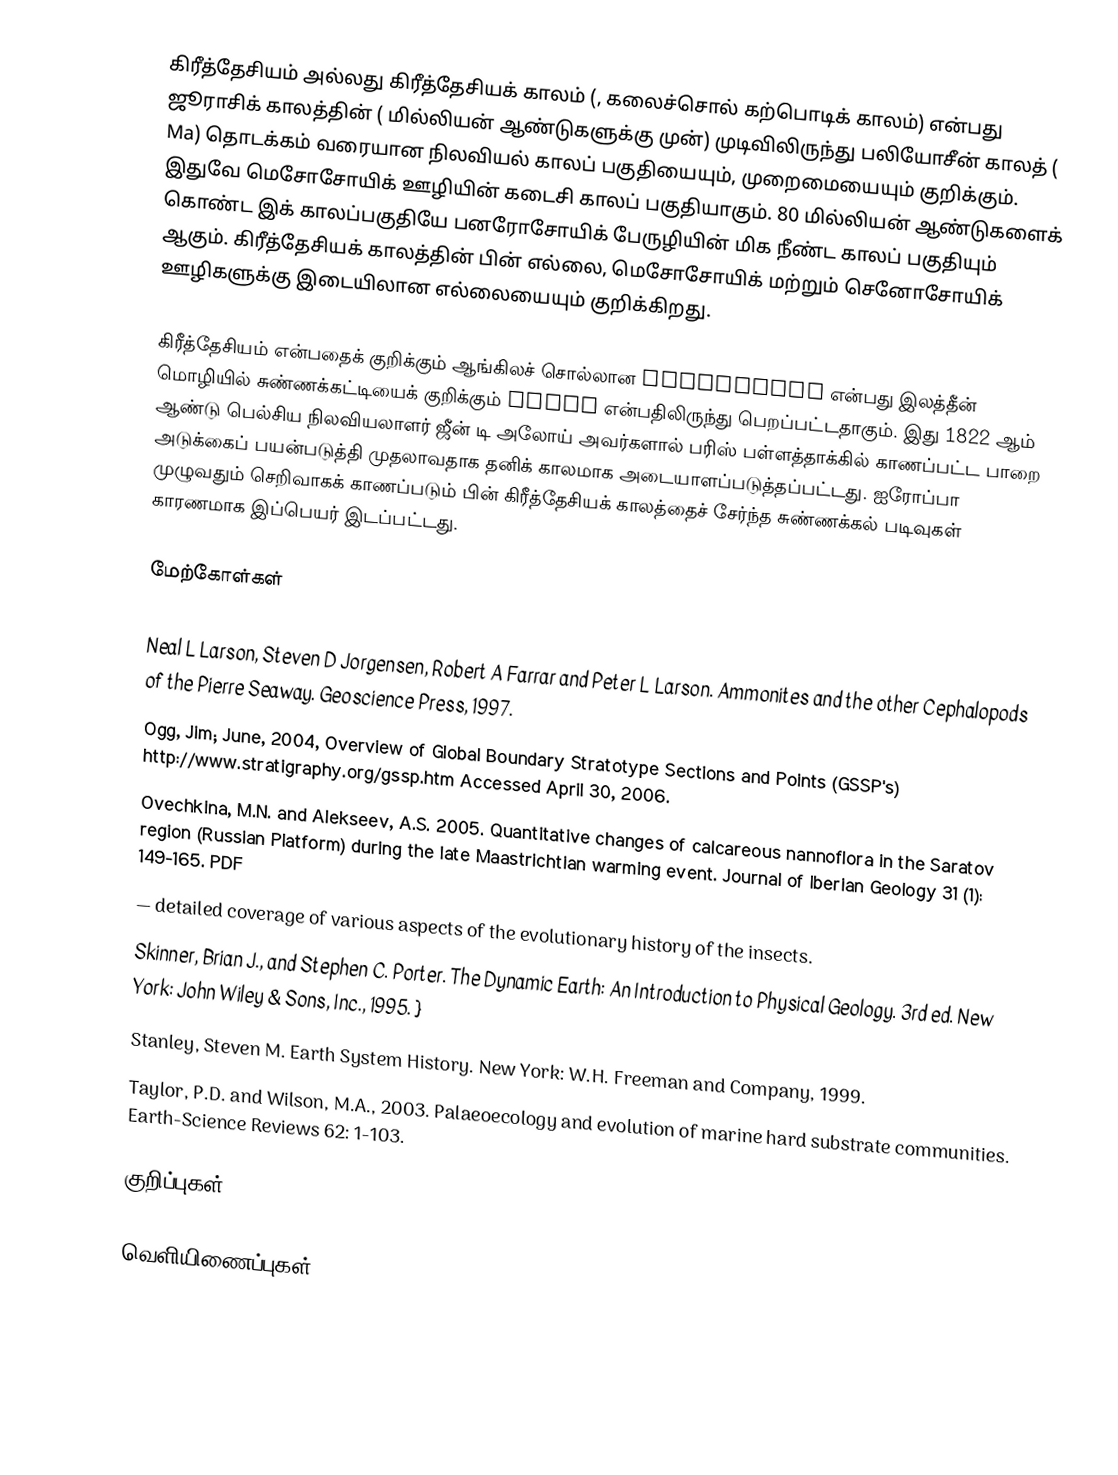
கிரீத்தேசியம் அல்லது கிரீத்தேசியக் காலம் (, கலைச்சொல் கற்பொடிக் காலம்) என்பது ஜூராசிக் காலத்தின் ( மில்லியன் ஆண்டுகளுக்கு முன்) முடிவிலிருந்து பலியோசீன் காலத் ( Ma) தொடக்கம் வரையான நிலவியல் காலப் பகுதியையும், முறைமையையும் குறிக்கும். இதுவே மெசோசோயிக் ஊழியின் கடைசி காலப் பகுதியாகும். 80 மில்லியன் ஆண்டுகளைக் கொண்ட இக் காலப்பகுதியே  பனரோசோயிக் பேருழியின் மிக நீண்ட காலப் பகுதியும் ஆகும். கிரீத்தேசியக் காலத்தின் பின் எல்லை, மெசோசோயிக் மற்றும் செனோசோயிக் ஊழிகளுக்கு இடையிலான எல்லையையும் குறிக்கிறது.

கிரீத்தேசியம் என்பதைக் குறிக்கும் ஆங்கிலச் சொல்லான Cretaceous என்பது இலத்தீன் மொழியில்  சுண்ணக்கட்டியைக் குறிக்கும் creta  என்பதிலிருந்து பெறப்பட்டதாகும். இது 1822 ஆம் ஆண்டு  பெல்சிய நிலவியலாளர் ஜீன் டி அலோய் அவர்களால் பரிஸ் பள்ளத்தாக்கில் காணப்பட்ட பாறை அடுக்கைப் பயன்படுத்தி முதலாவதாக தனிக் காலமாக அடையாளப்படுத்தப்பட்டது. ஐரோப்பா முழுவதும் செறிவாகக் காணப்படும் பின் கிரீத்தேசியக் காலத்தைச் சேர்ந்த சுண்ணக்கல் படிவுகள் காரணமாக இப்பெயர் இடப்பட்டது.

மேற்கோள்கள்

 Neal L Larson, Steven D Jorgensen, Robert A Farrar and Peter L Larson. Ammonites and the other Cephalopods of the Pierre Seaway. Geoscience Press, 1997.
 Ogg, Jim; June, 2004, Overview of Global Boundary Stratotype Sections and Points (GSSP's) http://www.stratigraphy.org/gssp.htm Accessed April 30, 2006.
 Ovechkina, M.N. and Alekseev, A.S. 2005. Quantitative changes of calcareous nannoflora in the Saratov region (Russian Platform) during the late Maastrichtian warming event. Journal of Iberian Geology 31 (1): 149-165. PDF
  — detailed coverage of various aspects of the evolutionary history of the insects.
 Skinner, Brian J., and Stephen C. Porter.  The Dynamic Earth:  An Introduction to Physical Geology.  3rd ed.  New York:  John Wiley & Sons, Inc., 1995.  }
 Stanley, Steven M. Earth System History. New York: W.H. Freeman and Company, 1999.
 Taylor, P.D. and Wilson, M.A., 2003. Palaeoecology and evolution of marine hard substrate communities. Earth-Science Reviews 62: 1-103.

குறிப்புகள்

வெளியிணைப்புகள்

 UCMP Berkel